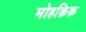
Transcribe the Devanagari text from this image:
मोहक़िक़